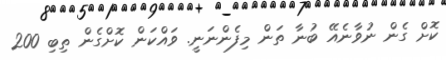
ކޮށް ގެން ނުވާނެއޭ ބުނާ ތަން މިފެންނަނީ. ވައްކަން ކޮށްގެން ތިބި 200